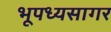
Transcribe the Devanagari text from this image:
भूपध्यसागर